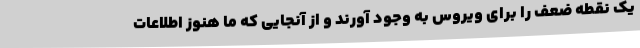
یک نقطه ضعف را برای ویروس به وجود آورند و از آنجایی که ما هنوز اطلاعات